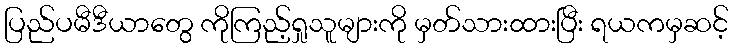
ပြည်ပမီဒီယာတွေ ကိုကြည့်ရှုသူများကို မှတ်သားထားပြီး ရယကမှဆင့်